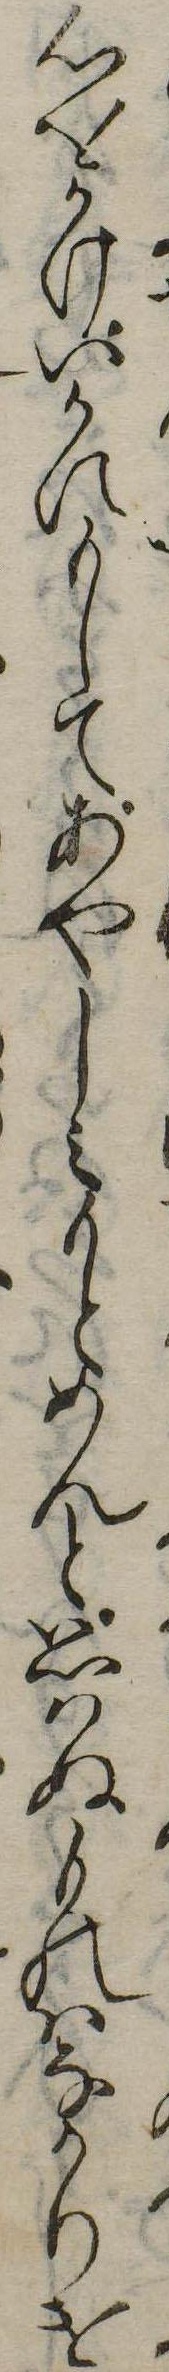
心をかけいかにもしてあやしみもとめんと思はぬものはなかりけ